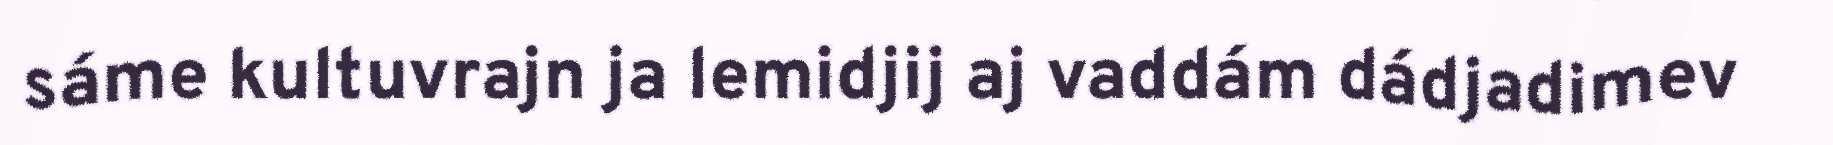
sáme kultuvrajn ja lemidjij aj vaddám dádjadimev